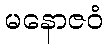
မနောဇဝံ